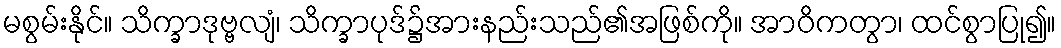
မစွမ်းနိုင်။ သိက္ခာဒုဗ္ဗလျံ၊ သိက္ခာပုဒ်၌အားနည်းသည်၏အဖြစ်ကို။ အာဝိကတွာ၊ ထင်စွာပြု၍။